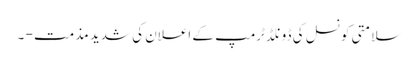
سلامتی کونسل کی ڈونلڈ ٹرمپ کے اعلان کی شدید مذمت - ۔